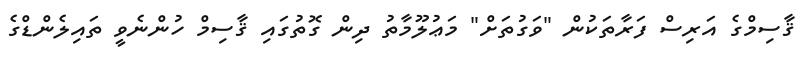
ޤާސިމްގެ އަރިސް ފަރާތަކުން "ވަގުތަށް" މަޢުލޫމާތު ދިން ގޮތުގައި ޤާސިމް ހުންނެވީ ތައިލެންޑްގެ